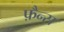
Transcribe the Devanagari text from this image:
फ़ैन्स